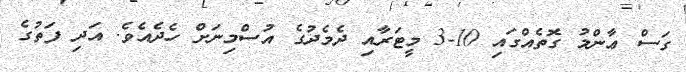
ގަސް ޢާންމު ގޮތެއްގައި 10-3 މީޓަރާއި ދެމެދުގެ އުސްމިނަށް ހެދެއެވެ. އަދި ފަތުގެ